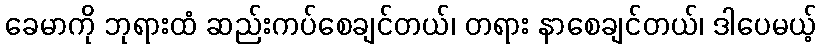
ခေမာကို ဘုရားထံ ဆည်းကပ်စေချင်တယ်၊ တရား နာစေချင်တယ်၊ ဒါပေမယ့်